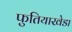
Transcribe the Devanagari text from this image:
फुतियाखेडा